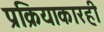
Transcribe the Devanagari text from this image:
प्रक्रियाकारही